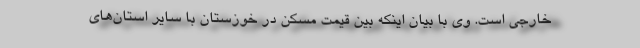
خارجی است. وی با بیان اینکه بین قیمت مسکن در خوزستان با سایر استان‌های